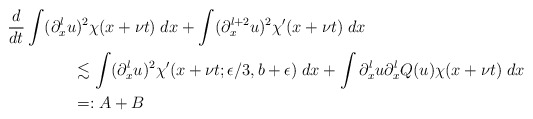
\begin{align*} & \frac{d}{dt} \int (\partial_x^lu)^2\chi(x+\nu t) \; dx+ \int (\partial_x^{l+2}u)^2 \chi'(x+\nu t) \; dx \\& \qquad\qquad\lesssim \int (\partial_x^lu)^2\chi'(x+\nu t;\epsilon/3,b+\epsilon) \; dx+ \int\partial_x^lu\partial_x^lQ(u)\chi(x+\nu t) \; dx \\& \qquad\qquad=: A+B\end{align*}